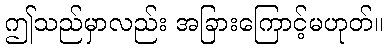
ဤသည်မှာလည်း အခြားကြောင့်မဟုတ်။